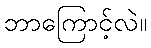
ဘာကြောင့်လဲ။